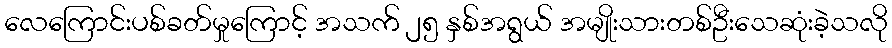
လေကြောင်းပစ်ခတ်မှုကြောင့် အသက် ၂၅ နှစ်အရွယ် အမျိုးသားတစ်ဦးသေဆုံးခဲ့သလို